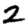
Digit: 2